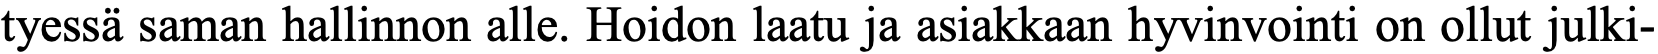
tyessä saman hallinnon alle. Hoidon laatu ja asiakkaan hyvinvointi on ollut julki-